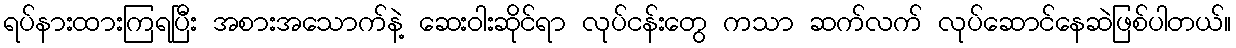
ရပ်နားထားကြရပြီး အစားအသောက်နဲ့ ဆေးဝါးဆိုင်ရာ လုပ်ငန်းတွေ ကသာ ဆက်လက် လုပ်ဆောင်နေဆဲဖြစ်ပါတယ်။